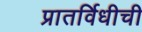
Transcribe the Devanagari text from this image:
प्रातर्विधीची